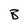
Character: B